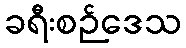
ခရီးစဉ်ဒေသ